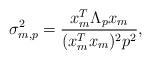
LaTeX: \begin{align*}\sigma^2_{m,p} = \frac{x_m^T \Lambda_p x_m}{ (x_m^T x_m)^2 p^2},\end{align*}